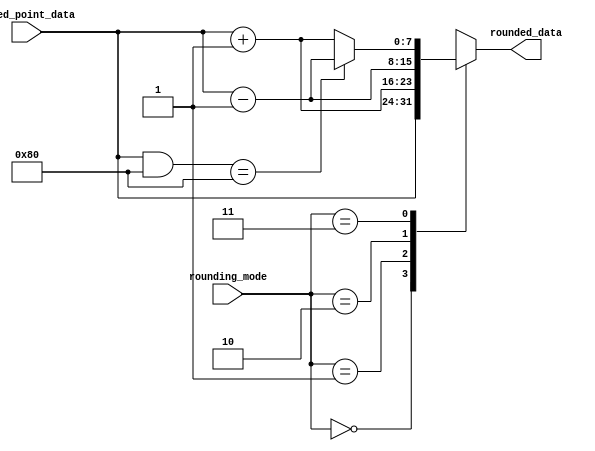
module fixed_point_rounding_unit (
    input [7:0] fixed_point_data,
    input [1:0] rounding_mode,
    output reg [7:0] rounded_data
);

always @* begin
    case (rounding_mode)
        2'b00: rounded_data = fixed_point_data; // No rounding
        2'b01: rounded_data = fixed_point_data + 1; // Round up
        2'b10: rounded_data = fixed_point_data - 1; // Round down
        2'b11: begin
            if ((fixed_point_data & 8'h80) == 8'h80) // Check if MSB is 1 (negative number)
                rounded_data = fixed_point_data - 1; // Round down
            else 
                rounded_data = fixed_point_data + 1; // Round up
        end
    endcase
end

endmodule